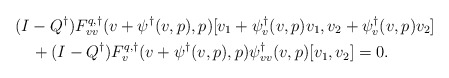
\begin{align*}&(I-Q^\dagger)F^{q,\dagger}_{vv}(v+\psi^\dagger(v,p),p)[v_1 + \psi^\dagger_v(v,p)v_1, v_2 + \psi^\dagger_v(v,p)v_2]\\ &\quad+ (I-Q^\dagger)F^{q,\dagger}_v(v + \psi^\dagger(v,p),p)\psi^\dagger_{vv}(v,p)[v_1,v_2] = 0.\end{align*}